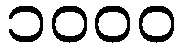
၁၀၀၀